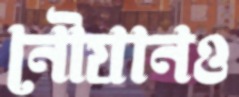
নৌযানও